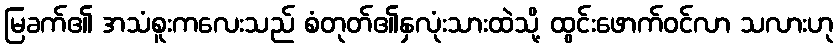
မြခက်၏ အသံစူးကလေးသည် စံတုတ်၏နှလုံးသားထဲသို့ ထွင်းဖောက်ဝင်လာ သလားဟု